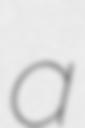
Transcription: a